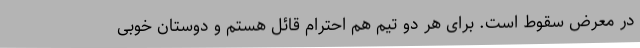
در معرض سقوط است. برای هر دو تیم هم احترام قائل هستم و دوستان خوبی